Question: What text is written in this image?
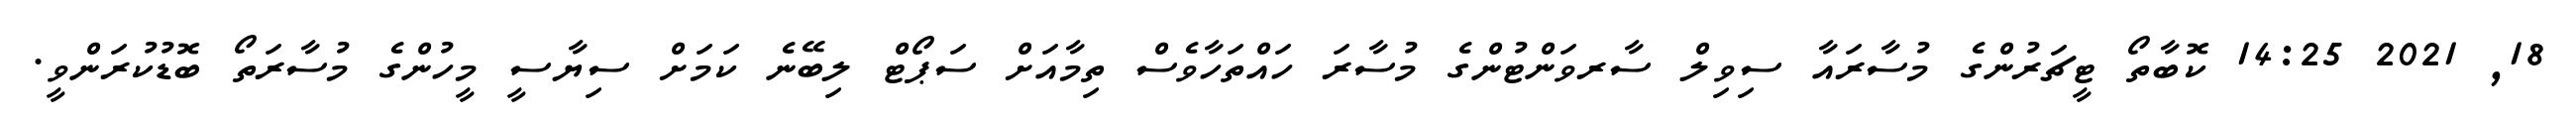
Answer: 18, 2021 14:25 ކޮބާތޯ ޓީޗަރުންގެ މުސާރައާ ސިވިލް ސާރވަންޓުންގެ މުސާރަ ހައްތަހާވެސް ތިމާއަށް ސަޕޯޓް ލިބޭނެ ކަމަށް ސިޔާސީ މީހުންގެ މުސާރަތޯ ބޮޑުކުރަންވީ.